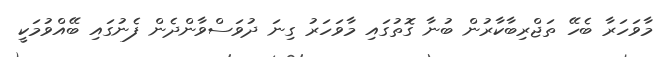
މާވަހަރާ ބެހޭ ތަޖްރިބާކާރުން ބުނާ ގޮތުގައި މާވަހަރު ގިނަ ދުވަސްވާންދެން ފެނުގައި ބޭއްވުމަކީ